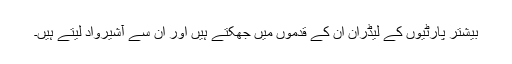
بیشتر پارٹیوں کے لیڈران ان کے قدموں میں جھکتے ہیں اور ان سے آشیرواد لیتے ہیں۔